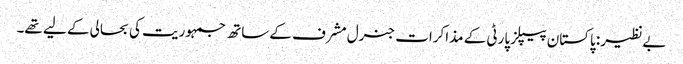
بےنظیر: پاکستان پیپلز پارٹی کے مذاکرات جنرل مشرف کے ساتھ جمہوریت کی بحالی کے لیے تھے۔